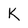
Character: K